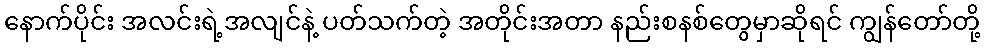
နောက်ပိုင်း အလင်းရဲ့အလျင်နဲ့ ပတ်သက်တဲ့ အတိုင်းအတာ နည်းစနစ်တွေမှာဆိုရင် ကျွန်တော်တို့